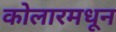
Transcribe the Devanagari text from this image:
कोलारमधून